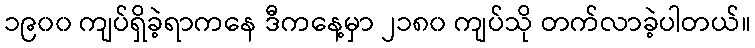
၁၉၀၀ ကျပ်ရှိခဲ့ရာကနေ ဒီကနေ့မှာ ၂၁၈၀ ကျပ်သို တက်လာခဲ့ပါတယ်။